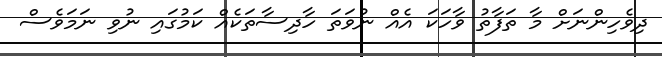
ދިވެހިންނަށް މާ ތަފާތު ވާހަކަ އެއް ނުވަތަ ހާދިސާތަކެއް ކަމުގައި ނުވި ނަމަވެސް